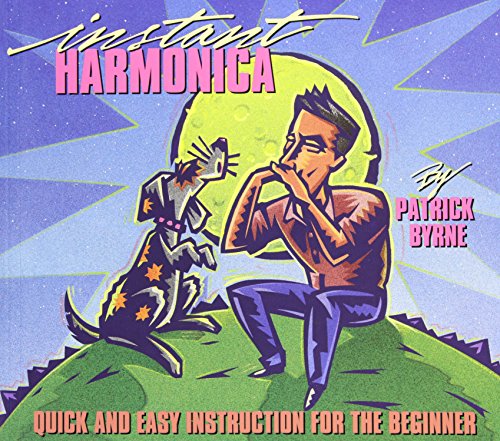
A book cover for Instant Harmonica: Quick and Easy Instruction for the Beginner; Patrick Byrne; Arts & Photography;